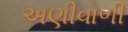
અણીવાળી